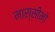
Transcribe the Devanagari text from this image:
मास्सीमो